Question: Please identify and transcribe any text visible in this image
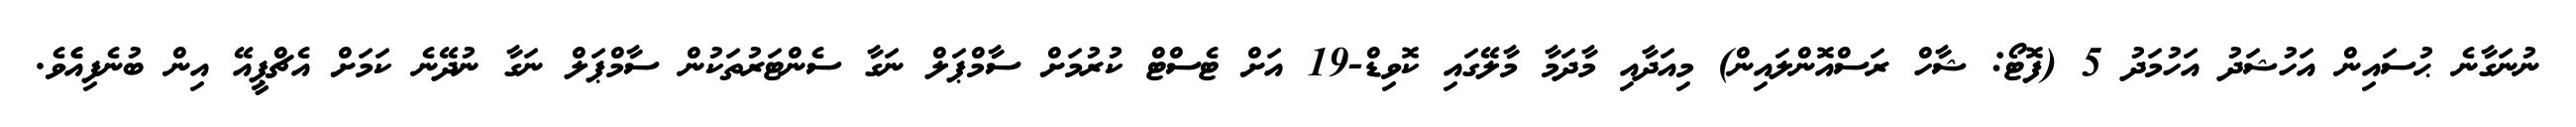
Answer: ނުނަގާނެ ޙުސައިން އަހުޝަދު އަހުމަދު 5 (ފޮޓޯ: ޝާހް ރަސްއޮންލައިން) މިއަދާއި މާދަމާ މާލޭގައި ކޮވިޑް-19 އަށް ޓެސްޓް ކުރުމަށް ސާމްޕަލް ނަގާ ސެންޓަރުތަކުން ސާމްޕަލް ނަގާ ނުދޭނެ ކަމަށް އެޗްޕީއޭ އިން ބުނެފިއެެވެ.